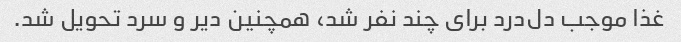
غذا موجب دل‌درد برای چند نفر شد، همچنین دیر و سرد تحویل شد.